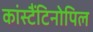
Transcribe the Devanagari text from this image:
कांस्टैंटिनोपिल